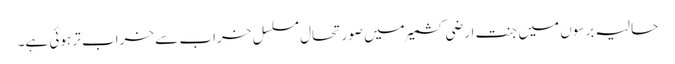
حالیہ برسوں میں جنت ارضی کشمیر میں صورتحال مسلسل خراب سے خراب تر ہوئی ہے۔